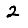
Digit: 2